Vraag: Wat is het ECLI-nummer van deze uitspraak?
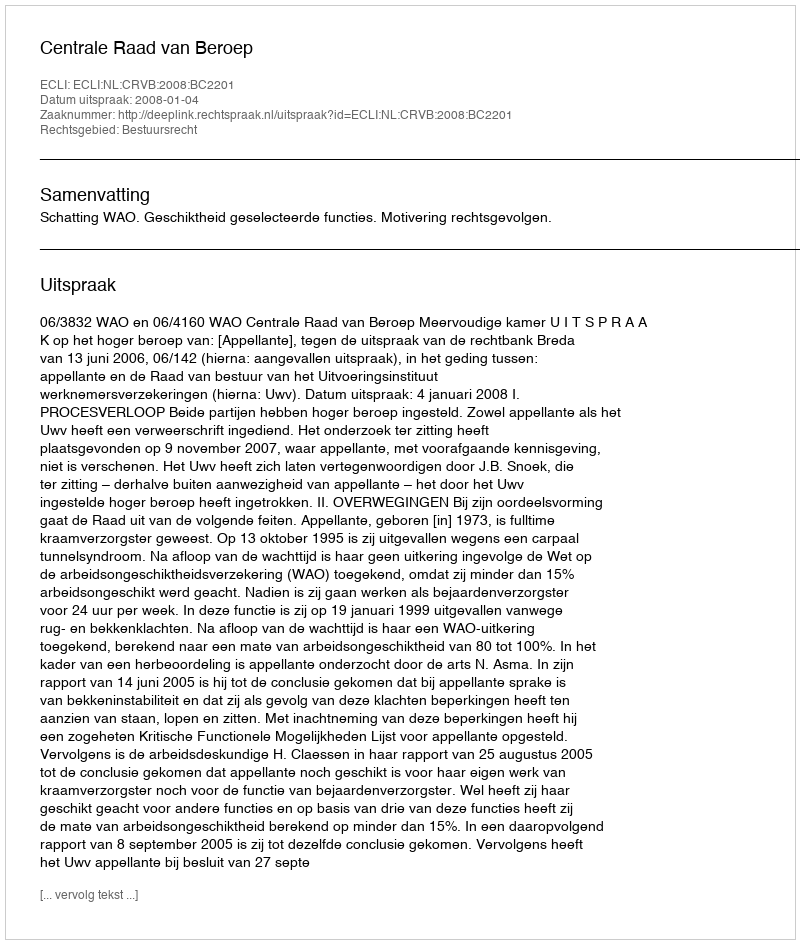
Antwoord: ECLI:NL:CRVB:2008:BC2201